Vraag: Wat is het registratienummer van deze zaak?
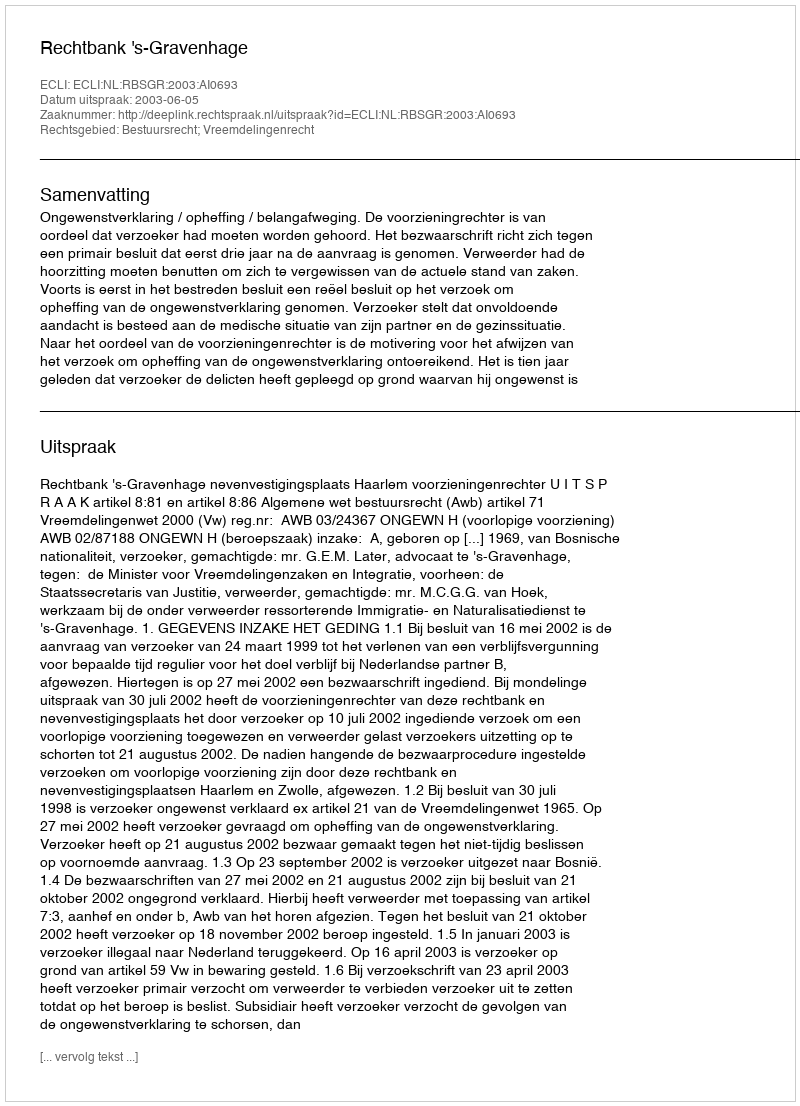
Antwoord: http://deeplink.rechtspraak.nl/uitspraak?id=ECLI:NL:RBSGR:2003:AI0693